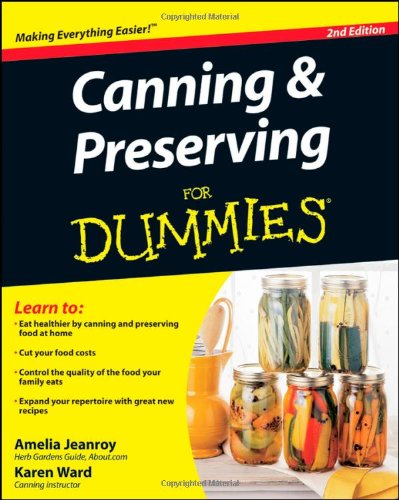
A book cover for Canning and Preserving For Dummies; Amelia Jeanroy; Cookbooks, Food & Wine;